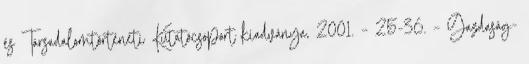
és Társadalomtörténeti Kutatócsoport kiadványa, 2001. – 25-36. – Gazdaság-